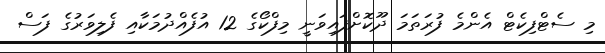
މި ސެޓްފިކެޓް އެންމެ ފުރަތަމަ ދޫކޮށްފައިވަނީ މިފްކޯގެ 12 އުފެއްދުމަކާއި ފެލިވަރުގެ ފަސް